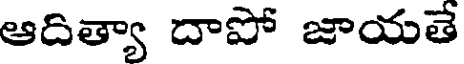
ఆదిత్యా దాపో జాయతే